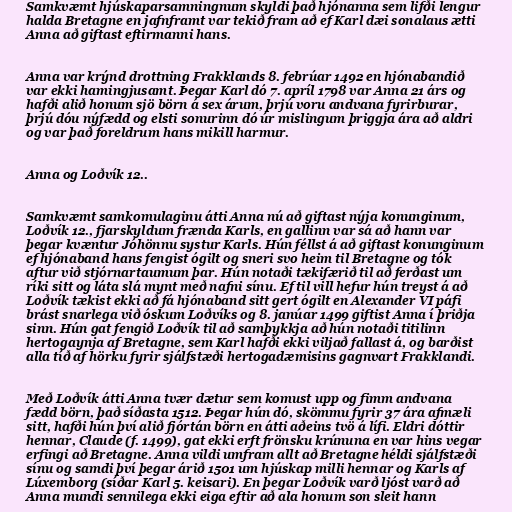
Samkvæmt hjúskaparsamningnum skyldi það hjónanna sem lifði lengur
halda Bretagne en jafnframt var tekið fram að ef Karl dæi sonalaus ætti
Anna að giftast eftirmanni hans.

Anna var krýnd drottning Frakklands 8. febrúar 1492 en hjónabandið
var ekki hamingjusamt. Þegar Karl dó 7. apríl 1798 var Anna 21 árs og
hafði alið honum sjö börn á sex árum, þrjú voru andvana fyrirburar,
þrjú dóu nýfædd og elsti sonurinn dó úr mislingum þriggja ára að aldri
og var það foreldrum hans mikill harmur.

Anna og Loðvík 12..

Samkvæmt samkomulaginu átti Anna nú að giftast nýja konunginum,
Loðvík 12., fjarskyldum frænda Karls, en gallinn var sá að hann var
þegar kvæntur Jóhönnu systur Karls. Hún féllst á að giftast konunginum
ef hjónaband hans fengist ógilt og sneri svo heim til Bretagne og tók
aftur við stjórnartaumum þar. Hún notaði tækifærið til að ferðast um
ríki sitt og láta slá mynt með nafni sínu. Ef til vill hefur hún treyst á að
Loðvík tækist ekki að fá hjónaband sitt gert ógilt en Alexander VI páfi
brást snarlega við óskum Loðvíks og 8. janúar 1499 giftist Anna í þriðja
sinn. Hún gat fengið Loðvík til að samþykkja að hún notaði titilinn
hertogaynja af Bretagne, sem Karl hafði ekki viljað fallast á, og barðist
alla tíð af hörku fyrir sjálfstæði hertogadæmisins gagnvart Frakklandi.

Með Loðvík átti Anna tvær dætur sem komust upp og fimm andvana
fædd börn, það síðasta 1512. Þegar hún dó, skömmu fyrir 37 ára afmæli
sitt, hafði hún því alið fjórtán börn en átti aðeins tvö á lífi. Eldri dóttir
hennar, Claude (f. 1499), gat ekki erft frönsku krúnuna en var hins vegar
erfingi að Bretagne. Anna vildi umfram allt að Bretagne héldi sjálfstæði
sínu og samdi því þegar árið 1501 um hjúskap milli hennar og Karls af
Lúxemborg (síðar Karl 5. keisari). En þegar Loðvík varð ljóst varð að
Anna mundi sennilega ekki eiga eftir að ala honum son sleit hann